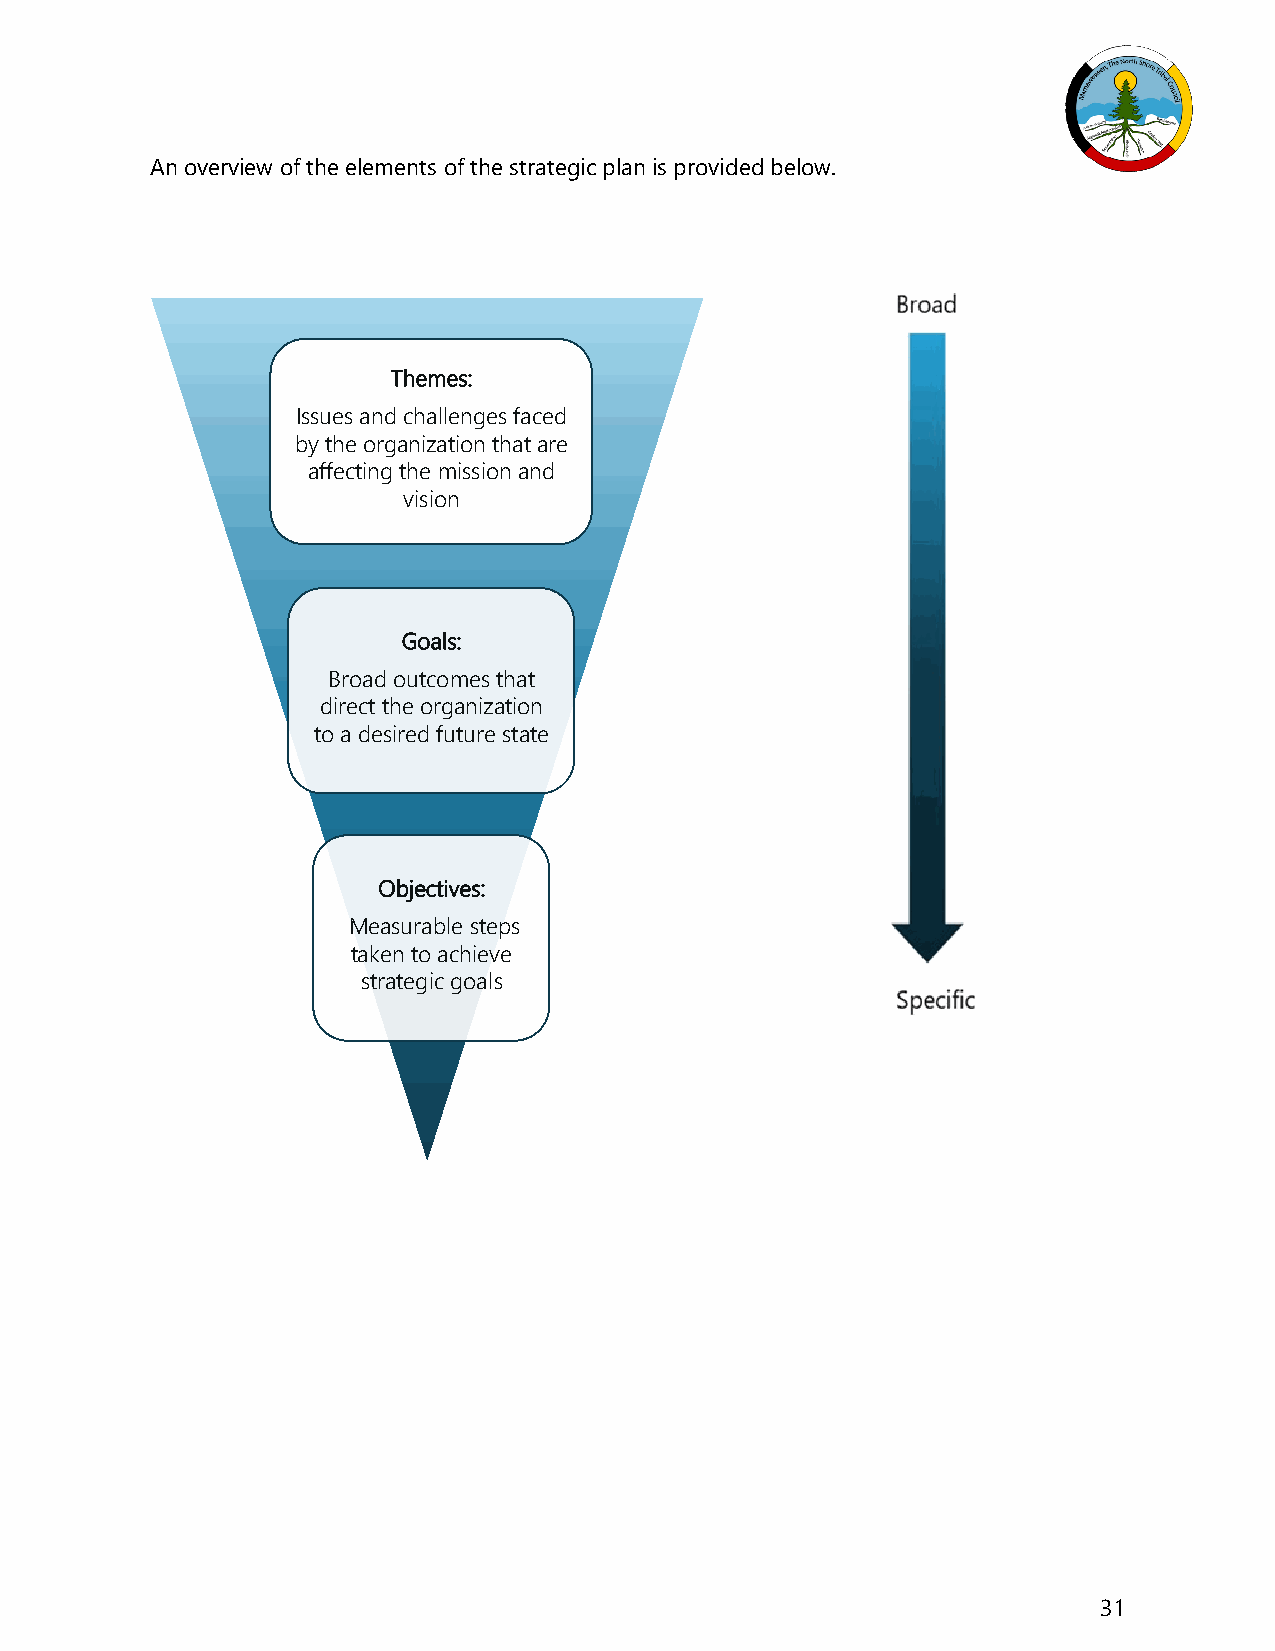
An overview of the elements of the strategic plan is provided below.
 Themes:
 Issues and challenges faced
 by the organization that are
 affecting the mission and
 vision
 Goals:
 Broad outcomes that
 direct the organization
 to a desired future state
 Objectives:
 Measurable steps
 taken to achieve
 strategic goals
 31